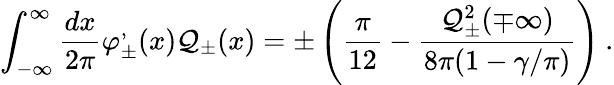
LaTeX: \displaystyle\int_{-\infty}^{\infty}\frac{dx}{2\pi}\varphi_{\pm}^{,}(x){\cal Q}_{\pm}(x)=\pm\left(\frac{\pi}{12}-\frac{{\cal Q}_{\pm}^{2}(\mp\infty)}{8\pi(1-\gamma/\pi)}\right)\: .